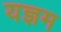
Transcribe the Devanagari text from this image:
यज्ञम